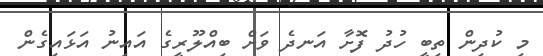
މި ކުދިން ތިބީ ހުދު ފޮށާ އަނދެ ވަށް ބިއްލޫރީގެ އައިނު އަޅައިގެން